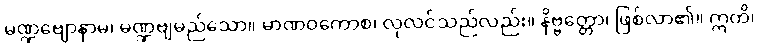
မဏ္ဍဗျောနာမ၊ မဏ္ဍဗျမည်သော။ မာဏဝကောစ၊ လုလင်သည်လည်း။ နိဗ္ဗတ္တော၊ ဖြစ်လာ၏။ ဣတိ၊